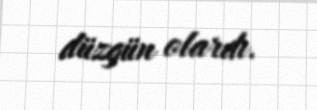
düzgün olardı.